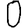
Digit: 0